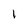
Character: 1